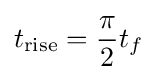
t_{\mathrm {rise} }={\frac {\pi }{2}}t_{f}